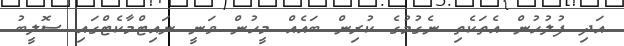
އަދި ފުލުހުން އެތަކެތި ނެގުމުގެ ކުރިން ބައެއް މީހުން ވަނީ ނައިޓްމާކެޓްގައި ސޮލީބު